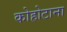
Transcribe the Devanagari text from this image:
कोहोटाना